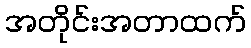
အတိုင်းအတာထက်